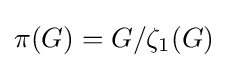
\pi (G)=G/\zeta _{1}(G)